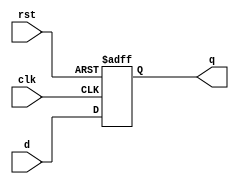
`timescale 1ns / 1ps

module flopr #(parameter WIDTH = 8)(
	input wire clk,rst,
	input wire[WIDTH-1:0] d,
	output reg[WIDTH-1:0] q
    );
	always @(posedge clk,posedge rst) begin
		if(rst) begin
			q <= 0;
		end else begin
			q <= d;
		end
	end
endmodule